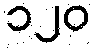
၁၂၀